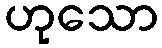
ဟုသော